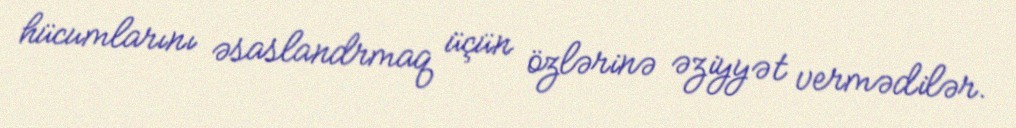
hücumlarını əsaslandrmaq üçün özlərinə əziyyət vermədilər.